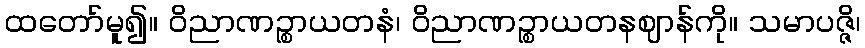
ထတော်မူ၍။ ဝိညာဏဉ္စာယတနံ၊ ဝိညာဏဉ္စာယတနဈာန်ကို။ သမာပဇ္ဇိ၊